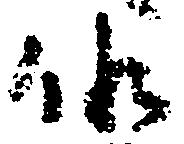
候